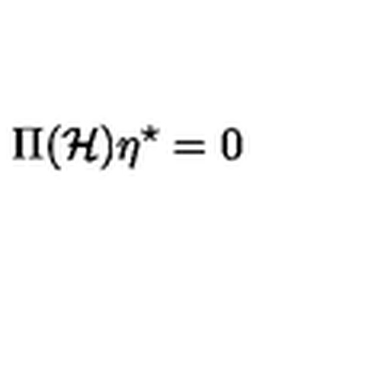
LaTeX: \Pi ( { \mathcal { H } } ) \eta ^ { \star } = 0